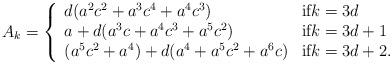
LaTeX: \begin{align*}A_k = \left\{ \begin{array}{ll} d(a^2c^2+a^3c^4+a^4c^3) & \mbox{{if}$k=3d$}\\ a+d(a^3c+a^4c^3+a^5c^2) & \mbox{if$k=3d+1$}\\ (a^5c^2+a^4)+d(a^4+a^5c^2+a^6c) & \mbox{if$k=3d+2$}.\end{array} \right.\end{align*}